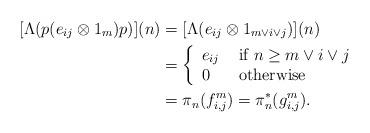
LaTeX: \begin{align*}[\Lambda(p (e_{ij}\otimes 1_{m})p)](n) & = [\Lambda(e_{ij}\otimes 1_{m\vee i\vee j})](n) \\& = \left\{ \begin{array}{ll} e_{ij} & \mbox{ if } n\ge m\vee i\vee j \\ 0 & \mbox{ otherwise } \end{array}\right. \\& = \pi_{n}(f_{i,j}^{m})=\pi_{n}^{*}(g_{i,j}^{m}).\end{align*}